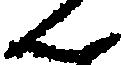
ん